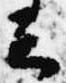
云